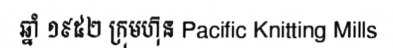
ឆ្នាំ ១៩៥២ ក្រុមហ៊ុន Pacific Knitting Mills